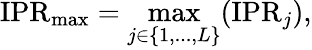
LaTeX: \mathrm{IPR}_{\operatorname*{max}}=\operatorname*{max}_{j\in\{ 1,...,L\} }(\mathrm{IPR}_{j}),